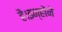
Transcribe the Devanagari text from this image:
है।इन्होंने